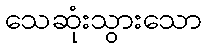
သေဆုံးသွားသော